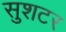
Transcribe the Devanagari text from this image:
सुशटर